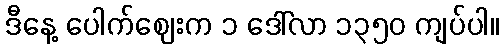
ဒီနေ့ ပေါက်ဈေးက ၁ ဒေါ်လာ ၁၃၅၀ ကျပ်ပါ။